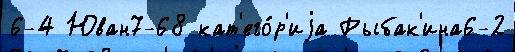
6-4 Юван7-68 кат'его́р'иjа Рыбак'ина6-2